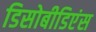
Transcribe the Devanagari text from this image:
डिसोबीडिएंस